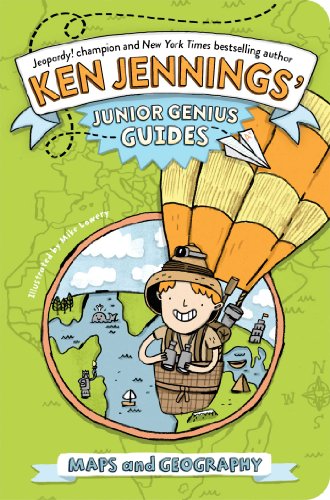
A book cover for Maps and Geography (Ken Jennings' Junior Genius Guides); Ken Jennings; Children's Books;